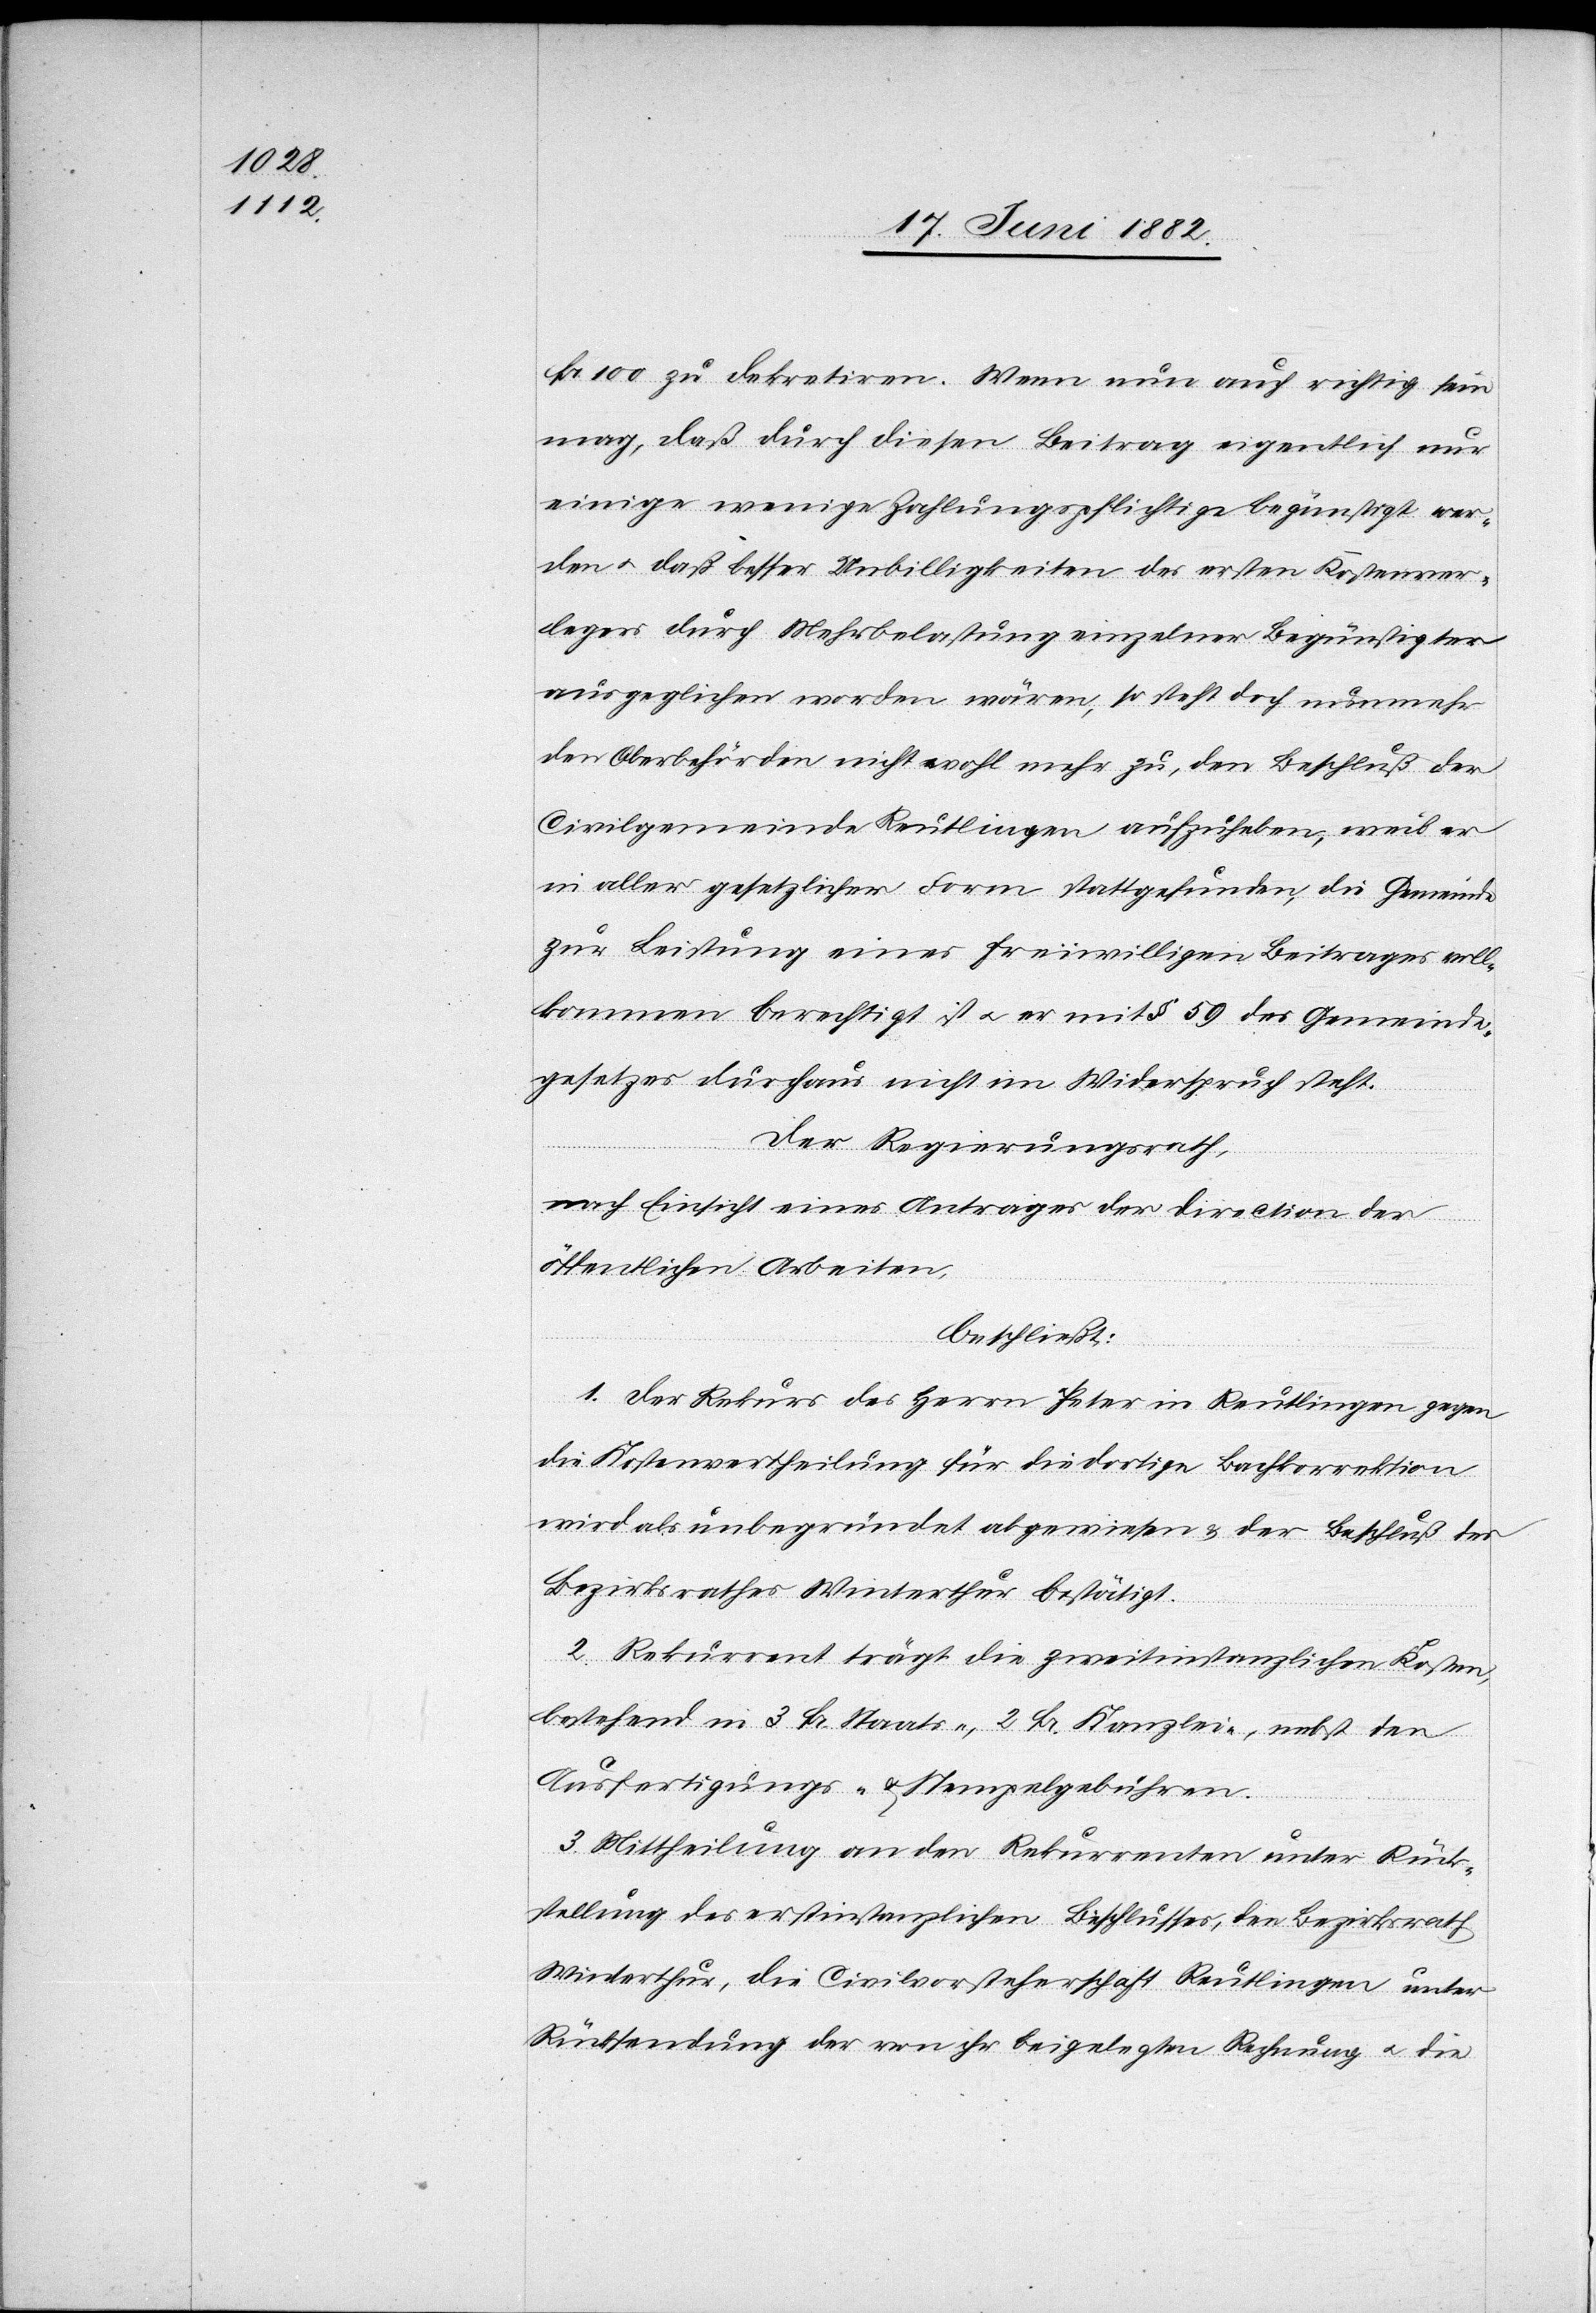
Fr. 100 zu dekretiren. Wenn nun auch richtig sein
mag, daß durch diesen Beitrag eigentlich nur
einige wenige Zahlungspflichtige begünstigt wer¬
den u. daß besser Unbilligkeiten des ersten Kostenver¬
legers durch Mehrbelastung einzelner Begünstigter
ausgeglichen worden wären, so steht doch nunmehr
den Oberbehörden nicht wohl mehr zu, den Beschluß der
Civilgemeinde Reutlingen auszuheben, weil er
in aller gesetzlicher Form stattgefunden, die Gemeinde
zur Leistung eines freiwilligen Beitrages voll¬
kommen berechtigt ist u. er mit § 59 des Gemeinde¬
gesetzes durchaus nicht im Widerspruch steht.
Der Regierungsrath,
nach Einsicht eines Antrages der Direction der
öffentlichen Arbeiten,
beschließt:
1. Der Rekurs des Herrn Peter in Reutlingen gegen
die Kostenvertheilung für die dortige Bachkorrektion
wird als unbegründet abgewiesen & der Beschluß des
Bezirksrathes Winterthur bestätigt.
2. Rekurrent trägt die zweitinstanzlichen Kosten,
bestehend in 3 Fr. Staats-, 2 Fr. Kanzlei-, nebst den
Ausfertigungs- & Stempelgebühren.
3. Mittheilung an den Rekurrenten unter Rück¬
stellung des erstinstanzlichen Beschlusses, den Bezirksrath
Winterthur, die Civilvorsteherschaft Reutlingen unter
Rücksendung der von ihr beigelegten Rechnung u. die